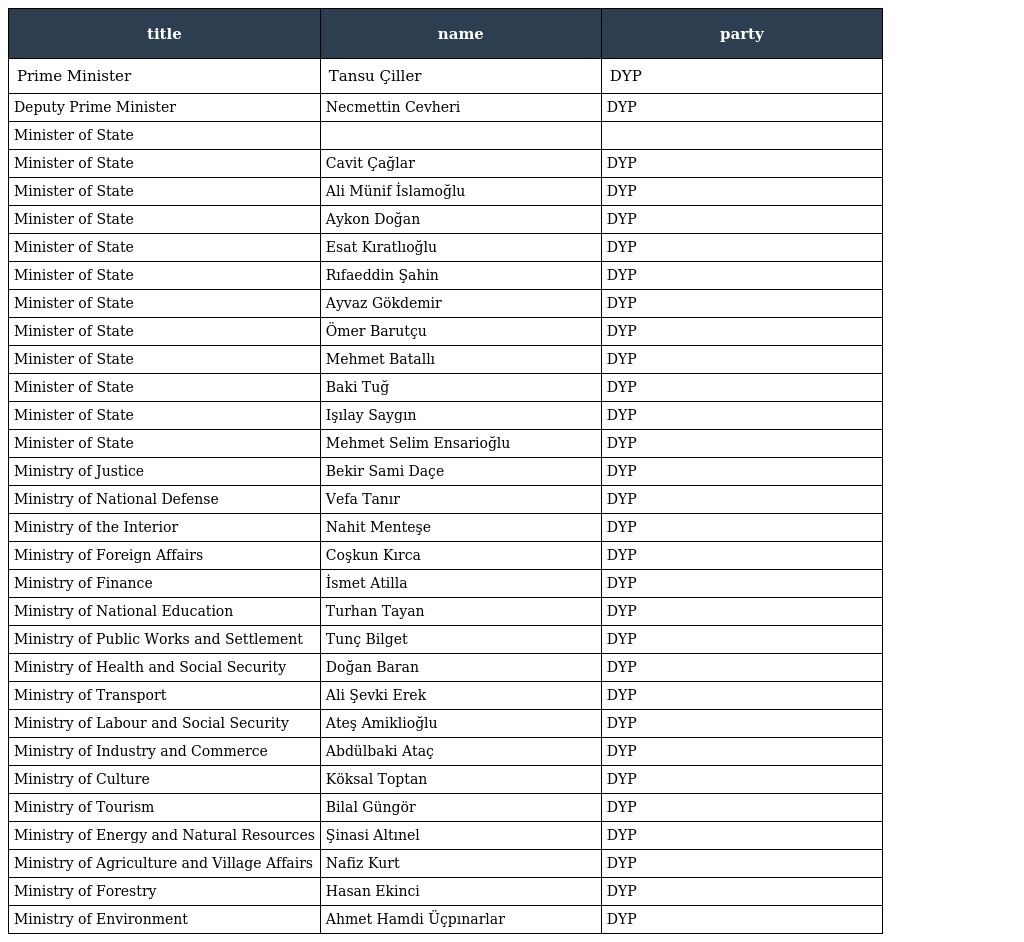
| title | name | party |
 | --- | --- | --- |
 | Prime Minister | Tansu Çiller | DYP |
 | Deputy Prime Minister | Necmettin Cevheri | DYP |
 | Minister of State |  |  |
 | Minister of State | Cavit Çağlar | DYP |
 | Minister of State | Ali Münif İslamoğlu | DYP |
 | Minister of State | Aykon Doğan | DYP |
 | Minister of State | Esat Kıratlıoğlu | DYP |
 | Minister of State | Rıfaeddin Şahin | DYP |
 | Minister of State | Ayvaz Gökdemir | DYP |
 | Minister of State | Ömer Barutçu | DYP |
 | Minister of State | Mehmet Batallı | DYP |
 | Minister of State | Baki Tuğ | DYP |
 | Minister of State | Işılay Saygın | DYP |
 | Minister of State | Mehmet Selim Ensarioğlu | DYP |
 | Ministry of Justice | Bekir Sami Daçe | DYP |
 | Ministry of National Defense | Vefa Tanır | DYP |
 | Ministry of the Interior | Nahit Menteşe | DYP |
 | Ministry of Foreign Affairs | Coşkun Kırca | DYP |
 | Ministry of Finance | İsmet Atilla | DYP |
 | Ministry of National Education | Turhan Tayan | DYP |
 | Ministry of Public Works and Settlement | Tunç Bilget | DYP |
 | Ministry of Health and Social Security | Doğan Baran | DYP |
 | Ministry of Transport | Ali Şevki Erek | DYP |
 | Ministry of Labour and Social Security | Ateş Amiklioğlu | DYP |
 | Ministry of Industry and Commerce | Abdülbaki Ataç | DYP |
 | Ministry of Culture | Köksal Toptan | DYP |
 | Ministry of Tourism | Bilal Güngör | DYP |
 | Ministry of Energy and Natural Resources | Şinasi Altınel | DYP |
 | Ministry of Agriculture and Village Affairs | Nafiz Kurt | DYP |
 | Ministry of Forestry | Hasan Ekinci | DYP |
 | Ministry of Environment | Ahmet Hamdi Üçpınarlar | DYP |